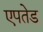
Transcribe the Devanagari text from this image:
एपतेड